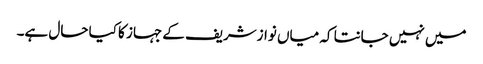
میں نہیں جانتا کہ میاں نوازشریف کے جہاز کا کیا حال ہے۔